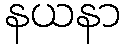
နယနာ